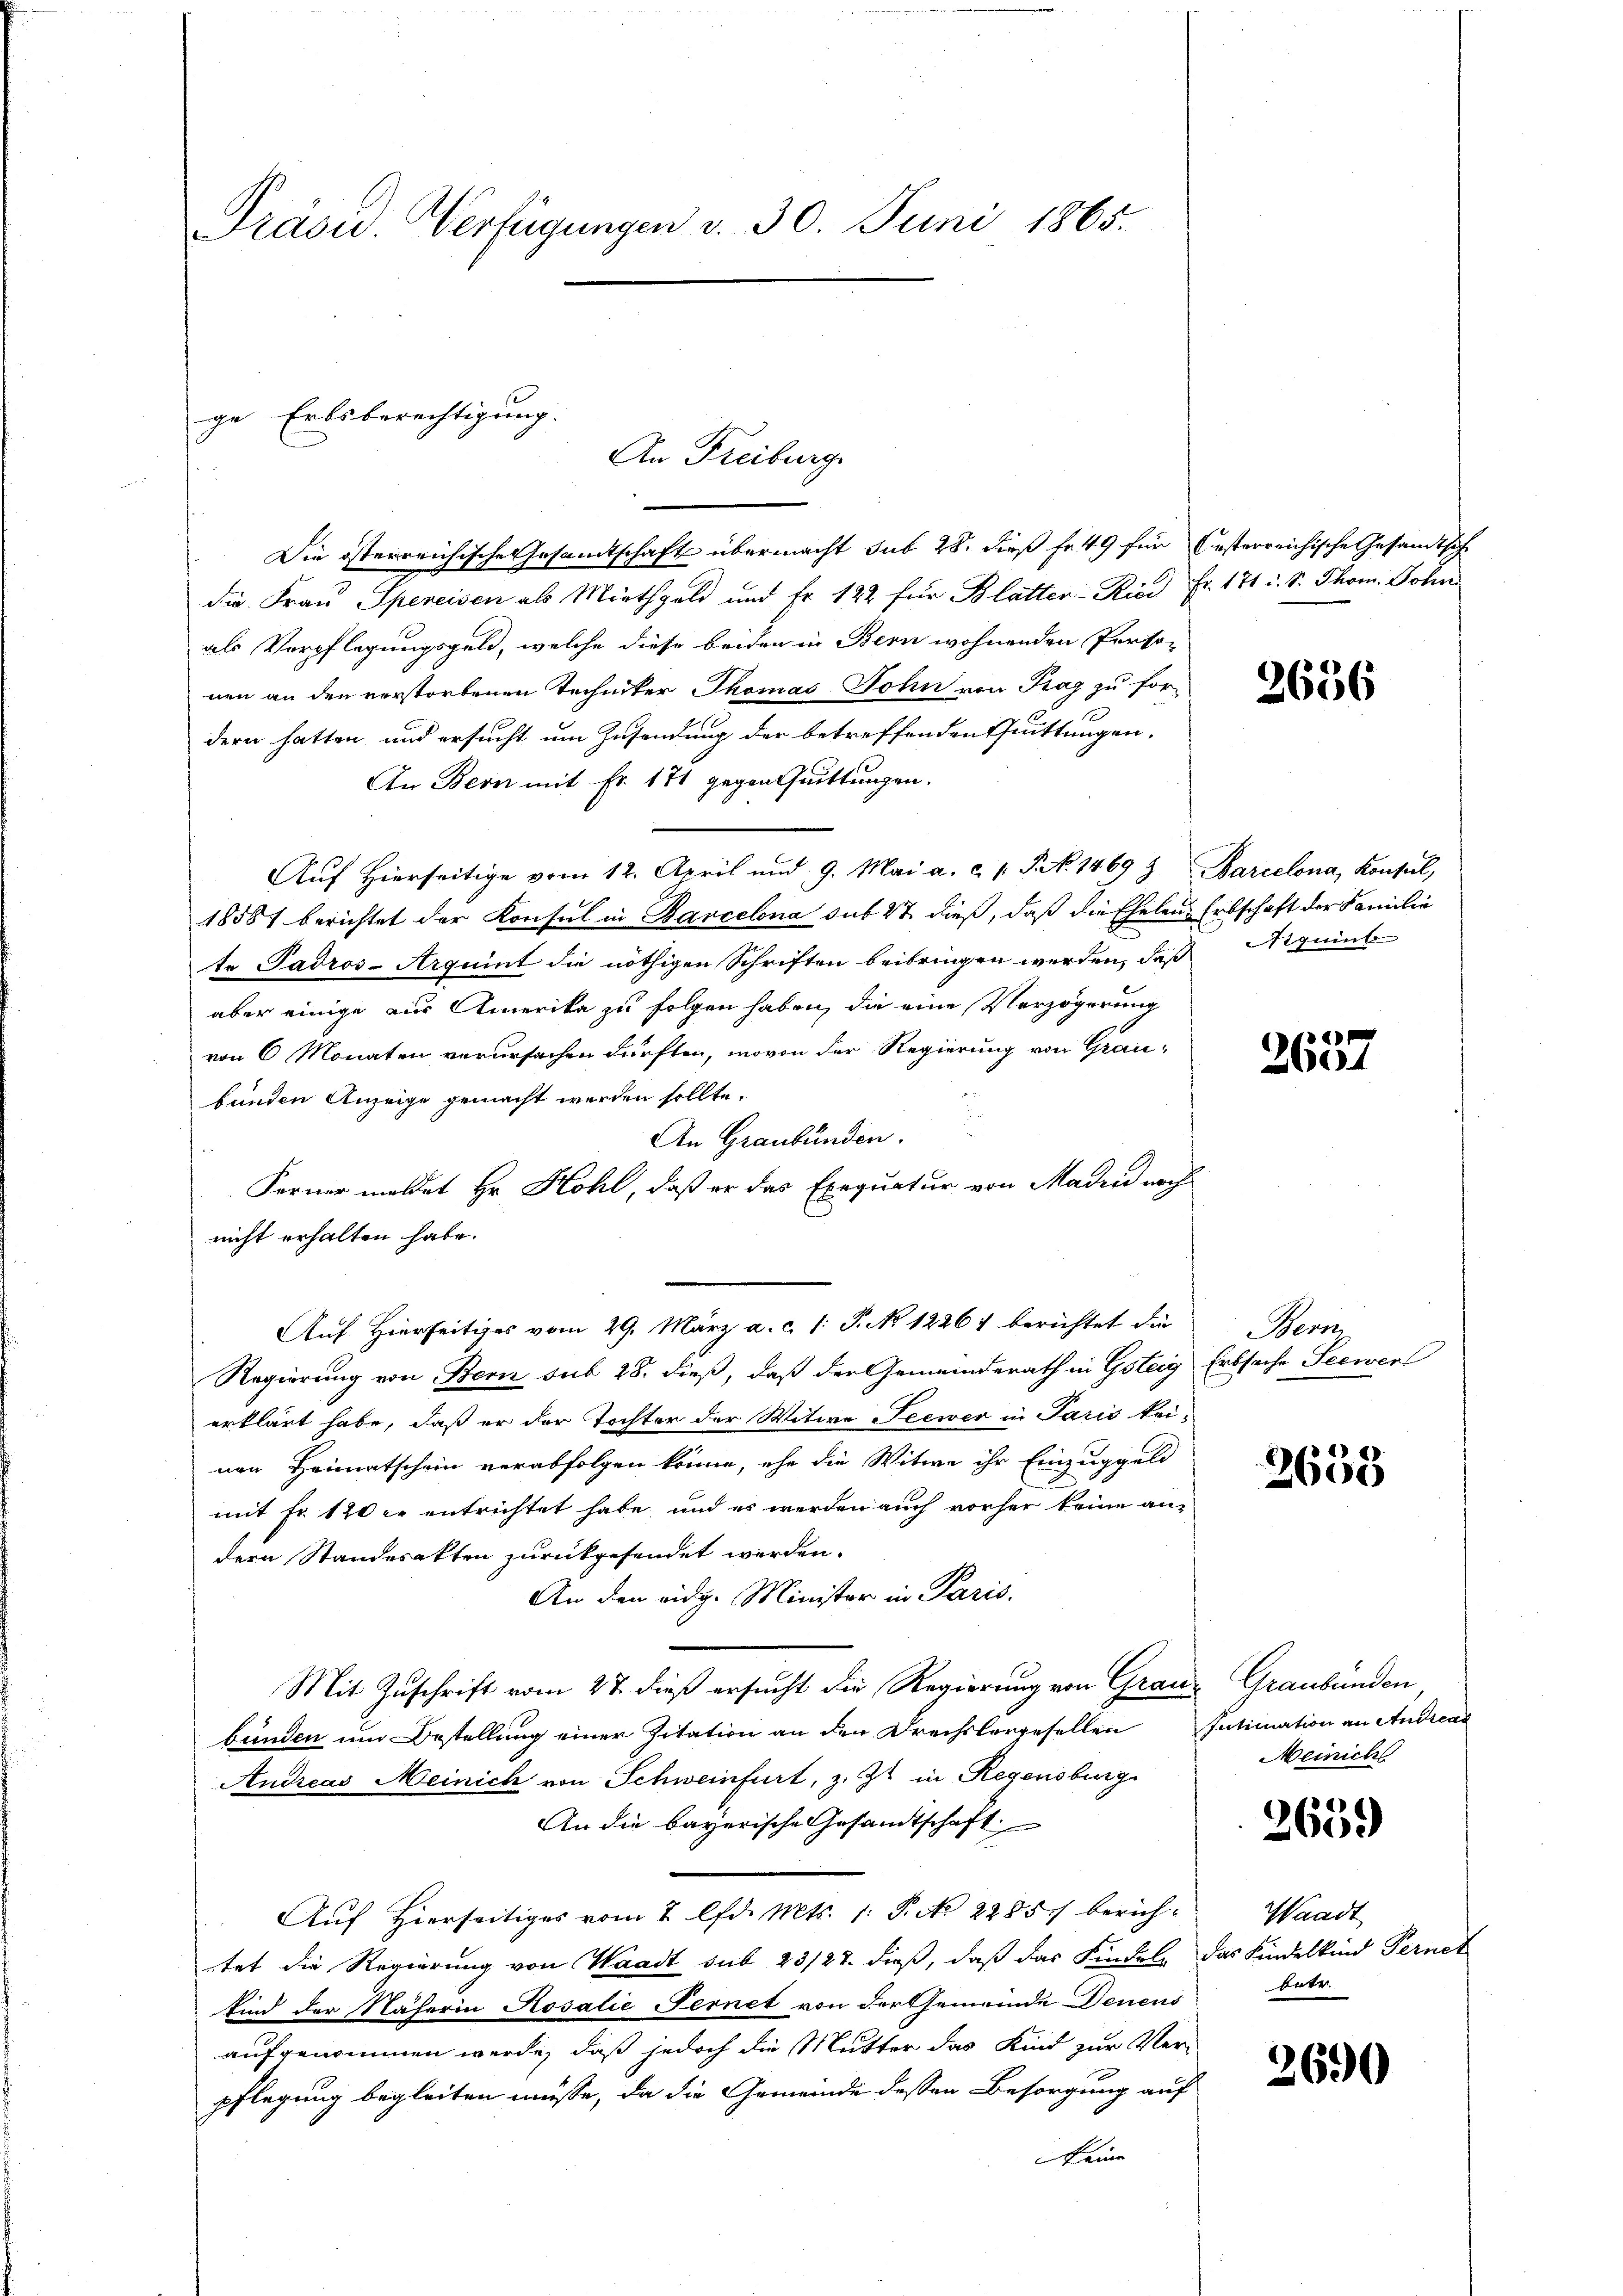
Präsu. Verfügungen v. 30. Juni 1865.

Die österreichische Gesamtschaft übermacht sub 28. dieß fr. 49 für besterreichische Gesamtsch
die Frau Spereisen als Miethgeld und Fr. 122 für Blatter-Ried Fr. 171 u. S. Thom. Sohn
als Verpflegungsgeld, welche diese beiden in Bern wohnenden Perso-
nen an den verstorbenen Techniker Thomas Sohn von Tag zu for-
dern hatten und ersucht um Zusendung der betreffenden Quittungen,
An Bern mit Fr. 171 gegen Quittungen.
Auf Hierseitige vom 12. April und 9. Mai a. c. 1 S. 1469 z Barcelona, Konsul,
18581 berichtet der Konsul in Barcelona sub 27 dieß, daß die Eheleus Erbschaft der Familie
te Padros-Arquint die nöthigen Schriften beibringen werden, daß quinte
aber einige zur Amerika zu folgen haben, die eine Verzögerung
von 6 Monaten verursachen dürften, wovon der Regierung von Graubunden Anzeige gemacht werden sollte.
An Graubünden.
Ferner meldet Hr. Hohl, daß er das Exequatur von Maden nach
nicht erhalten habe.
Auf Hierseitiges vom 29. März a. c. 1: P. No 12267 berichtet die
Regierung von Bern sub 28. dieß, daß der Gemeinderath in Gsteig Erbsache Seewer
erklärt habe, daß er der Tochter der Witwe Seewer in Paris kei-
nen Heimatschein verabfolgen könne, ehe die Witwe ihr Einzuggeld
mit Fr. 120 er entrichtet habe, und es werden auch vorher keine andern Standesakten zurückgesendet werden.
An den eidg. Minister in Paris.
Mit Zuschrift vom 27. dieß ersucht die Regierung von Granz Graubünden
bünden um Bestellung einer Zitation an den Drechslorgesellen Intimation an Andreaz
Andreas Meinich von Schweinfurt, z. Zt. in Regensburg
An die bayerische Gesandtschaft
Auf Hierseitiges vom 2. lfd. Mts. 1. P. No 2285/ berichtet die Regierung von Waadt sub 23/27. dieß, daß das Kindel, das Kindelkind Pernet
kind der Näherin Rosalie Fernet von der Gemeinde Denens
aufgenommen werde, daß jedoch die Mutter das Kind zur Ver-
pflegung begleiten müsse, da die Gemeinde dessen Besorgung auf
keine

ge Erbsberechtigung.
An Freiburg

2636

e
2604

2653

)
2600

Bern

Meinich

Waadt
betr.

3690